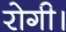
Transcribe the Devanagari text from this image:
रोगी।